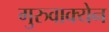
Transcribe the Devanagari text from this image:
गुरुवाक्येन